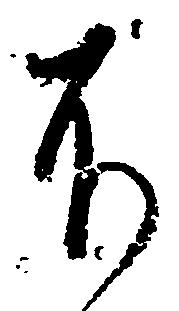
不